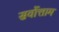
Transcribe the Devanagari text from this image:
सर्वोत्ताम